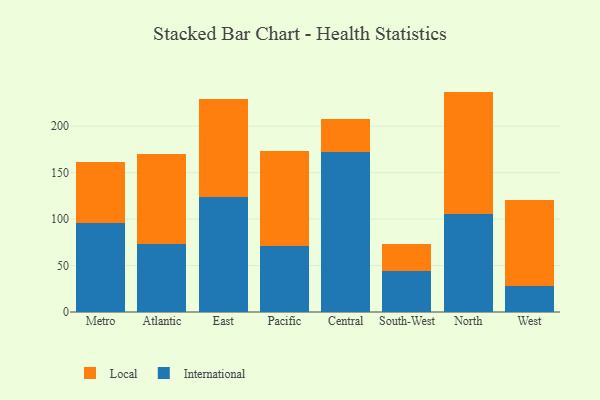
{"axis": {"x": "Region", "y": "Operating Costs (USD K)"}, "legend": ["International", "Local"], "data": [{"x": "Metro", "y": 95.3, "type": "International"}, {"x": "Metro", "y": 66.2, "type": "Local"}, {"x": "Atlantic", "y": 73.4, "type": "International"}, {"x": "Atlantic", "y": 96.5, "type": "Local"}, {"x": "East", "y": 124.0, "type": "International"}, {"x": "East", "y": 104.8, "type": "Local"}, {"x": "Pacific", "y": 71.4, "type": "International"}, {"x": "Pacific", "y": 101.5, "type": "Local"}, {"x": "Central", "y": 172.3, "type": "International"}, {"x": "Central", "y": 35.8, "type": "Local"}, {"x": "South-West", "y": 43.6, "type": "International"}, {"x": "South-West", "y": 29.8, "type": "Local"}, {"x": "North", "y": 105.5, "type": "International"}, {"x": "North", "y": 131.7, "type": "Local"}, {"x": "West", "y": 28.2, "type": "International"}, {"x": "West", "y": 92.4, "type": "Local"}]}